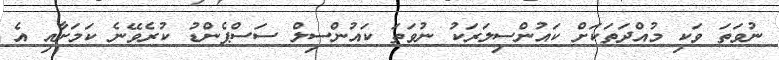
ނުވަތަ ވަކި މުއްދަތަކަށް ކައުންސިލަރަކު ނުވަތަ ކައުންސިލް ސަސްޕެންޑު ކުރެވޭނެ ކަމަށާއި އެ